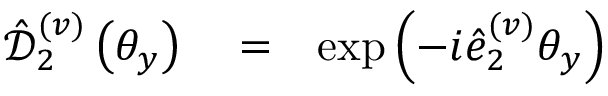
\begin{array} { r l r } { \hat { \mathcal D } _ { 2 } ^ { ( v ) } \left( \theta _ { y } \right) } & { { } = } & { \exp \left( - i \hat { e } _ { 2 } ^ { ( v ) } \theta _ { y } \right) } \end{array}